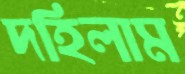
দহিলাম